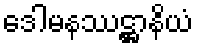
ဒေါမနဿဋ္ဌာနိယံ